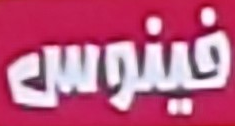
فينوس